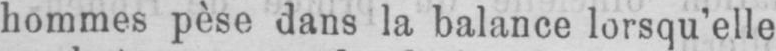
hommes pèse dans la balance lorsqu’elle